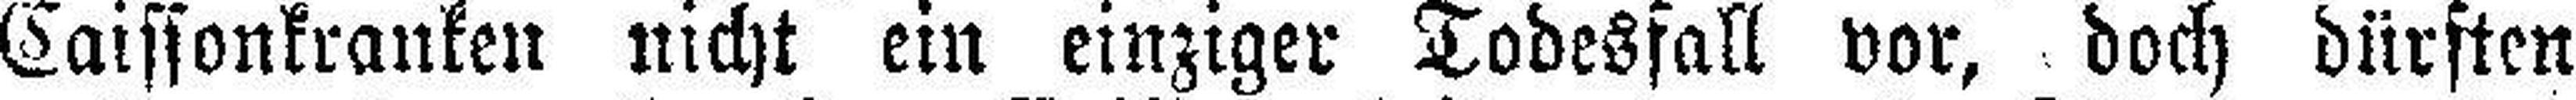
Caissonkranken nicht ein einziger Todesfall vor, doch dürften